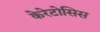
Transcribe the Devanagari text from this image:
केरेटोसिस